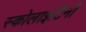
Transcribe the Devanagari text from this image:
स्कोलाइटिनी